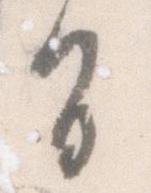
旨